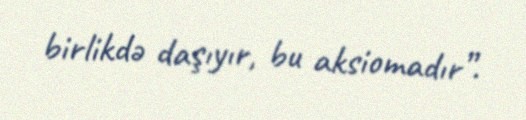
birlikdə daşıyır, bu aksiomadır”.